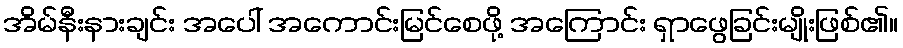
အိမ်နီးနားချင်း အပေါ် အကောင်းမြင်စေဖို့ အကြောင်း ရှာဖွေခြင်းမျိုးဖြစ်၏။